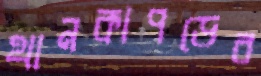
থানকাপড়ের